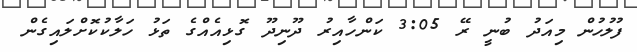
ފުލުހުން މިއަދު ބުނީ ރޭ 3:05 ކަންހާއިރު ދޫނިދޫ ގޮޅިއެއްގެ ތަޅު ހަލާކުކޮށްލައިގެން